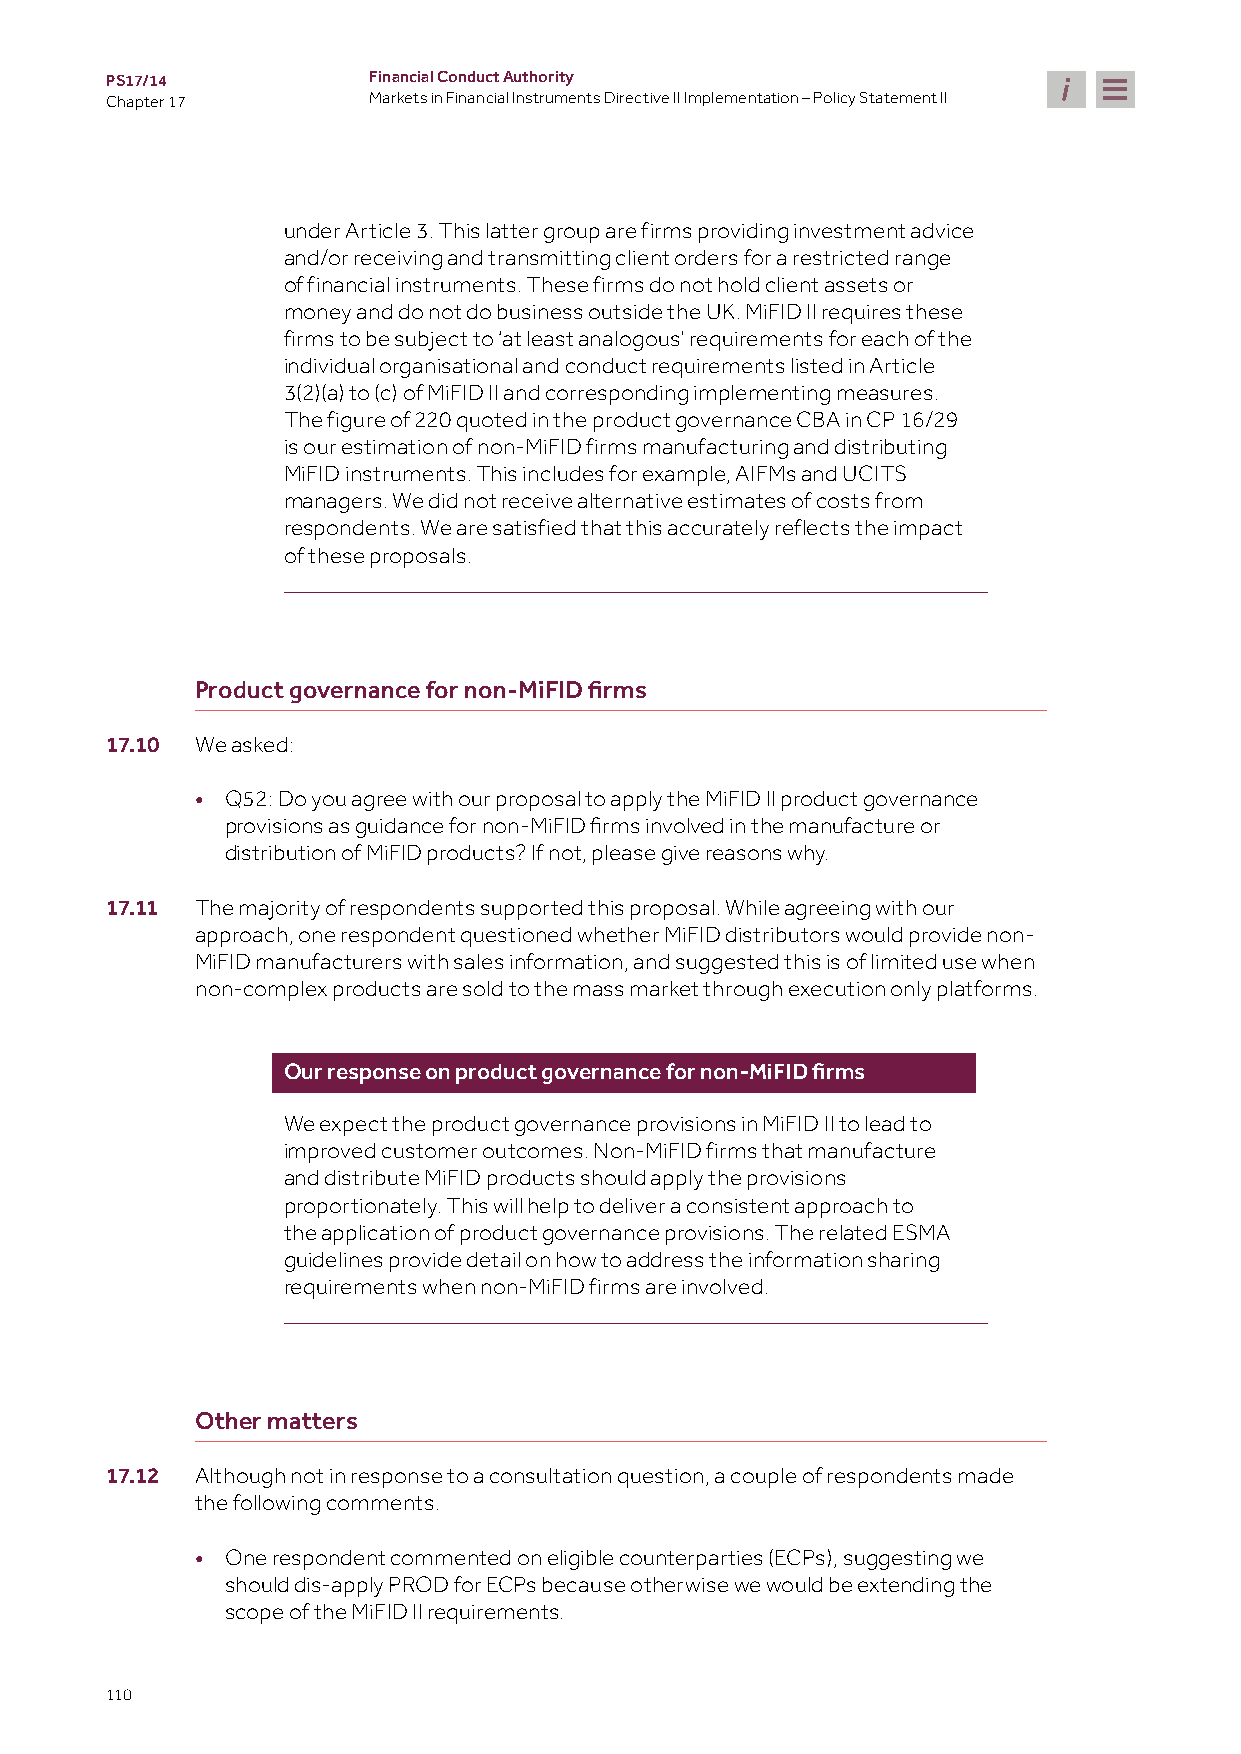
PS17/14          Financial Conduct Authority
 Chapter 17       Markets in Financial Instruments Directive II Implementation – Policy Statement II
 under Article 3. This latter group are firms providing investment advice
 and/or receiving and transmitting client orders for a restricted range
 of financial instruments. These firms do not hold client assets or
 money and do not do business outside the UK. MiFID II requires these
 firms to be subject to ‘at least analogous’ requirements for each of the
 individual organisational and conduct requirements listed in Article
 3(2)(a) to (c) of MiFID II and corresponding implementing measures.
 The figure of 220 quoted in the product governance CBA in CP 16/29
 is our estimation of non-MiFID firms manufacturing and distributing
 MiFID instruments. This includes for example, AIFMs and UCITS
 managers. We did not receive alternative estimates of costs from
 respondents. We are satisfied that this accurately reflects the impact
 of these proposals.
 Product governance for non-MiFID firms
 17.10 We asked:
 • Q52: Do you agree with our proposal to apply the MiFID II product governance
 provisions as guidance for non-MiFID firms involved in the manufacture or
 distribution of MiFID products? If not, please give reasons why.
 17.11 The majority of respondents supported this proposal. While agreeing with our
 approach, one respondent questioned whether MiFID distributors would provide non-
 MiFID manufacturers with sales information, and suggested this is of limited use when
 non-complex products are sold to the mass market through execution only platforms.
 Our response on product governance for non-MiFID firms
 We expect the product governance provisions in MiFID II to lead to
 improved customer outcomes. Non-MiFID firms that manufacture
 and distribute MiFID products should apply the provisions
 proportionately. This will help to deliver a consistent approach to
 the application of product governance provisions. The related ESMA
 guidelines provide detail on how to address the information sharing
 requirements when non-MiFID firms are involved.
 Other matters
 17.12 Although not in response to a consultation question, a couple of respondents made
 the following comments.
 • One respondent commented on eligible counterparties (ECPs), suggesting we
 should dis-apply PROD for ECPs because otherwise we would be extending the
 scope of the MiFID II requirements.
 110